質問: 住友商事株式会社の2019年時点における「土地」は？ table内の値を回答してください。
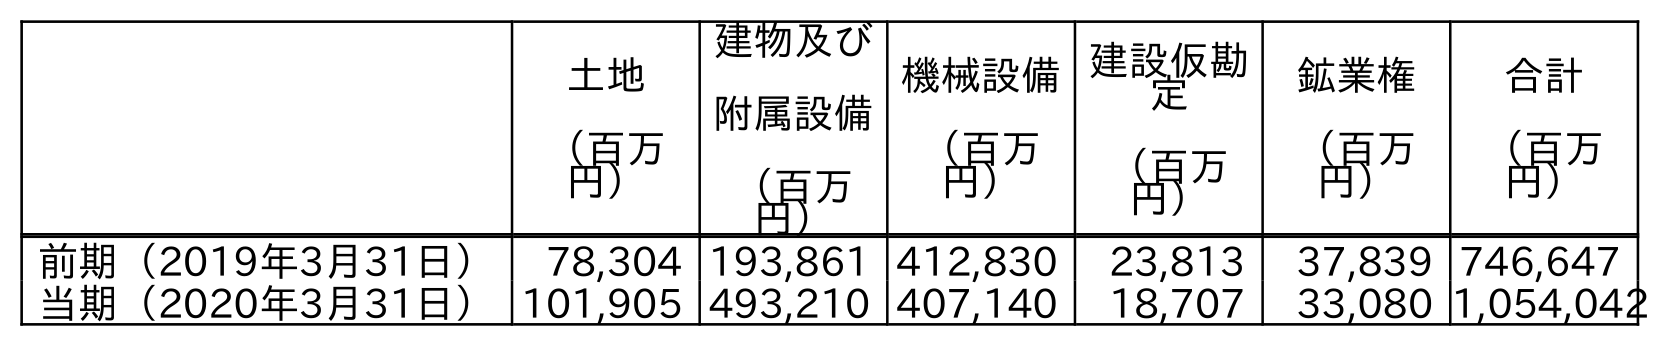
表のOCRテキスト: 土地 （百万 円） 建物及び 附属設備 （百万 円） 機械設備 （百万 円） 建設仮勘 定 （百万 円） 鉱業権 （百万 円） 合計 （百万 円） 前期（2019年3月31日） 78,304 193,861 412,830 23,813 37,839 746,647 当期（2020年3月31日）101,905 493,210 407,140 18,707 33,080 1,054,042
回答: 78,304